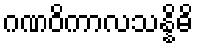
ဂဏဝိကာလသန္နိဓိ